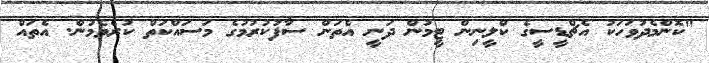
"ކޮންމެދުވަހަކު އެޗްޑީސީގެ ކްލީނިން ޓީމުން ދަނީ އެތަން ސާފުކުރުމުގެ މަސައްކަތް ކުރެވެމުން. އެތައް